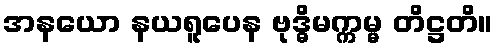
အနယော နယရူပေန ဗုဒ္ဓိမက္ကမ္မ တိဋ္ဌတိ။